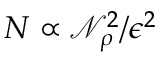
N \propto \mathcal { N } _ { \rho } ^ { 2 } / \epsilon ^ { 2 }